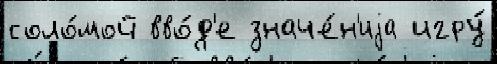
соло́мой вво́д'е значе́н'иjа игру́